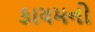
કાયમનો